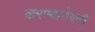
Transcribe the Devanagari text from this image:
करण्याणेवजी